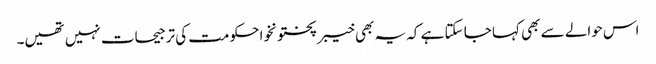
اس حوالے سے بھی کہا جا سکتا ہے کہ یہ بھی خیبر پختونخوا حکومت کی ترجیحات نہیں تھیں۔